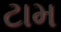
ટામ